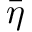
\bar { \eta }